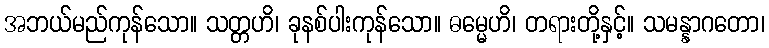
အဘယ်မည်ကုန်သော။ သတ္တဟိ၊ ခုနစ်ပါးကုန်သော။ ဓမ္မေဟိ၊ တရားတို့နှင့်။ သမန္နာဂတော၊